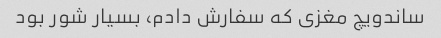
ساندویچ مغزی که سفارش دادم، بسیار شور بود